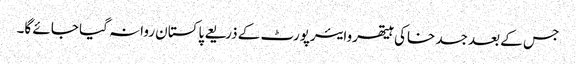
جس کے بعد جسد خاکی ہیتھروایئرپورٹ کے ذریعے پاکستان روانہ گیا جائے گا۔